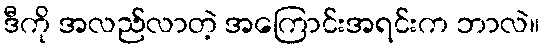
ဒီကို အလည်လာတဲ့ အကြောင်းအရင်းက ဘာလဲ။